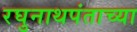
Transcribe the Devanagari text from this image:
रघुनाथपंताच्या